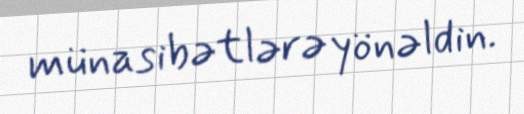
münasibətlərə yönəldin.